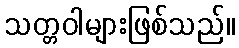
သတ္တဝါများဖြစ်သည်။